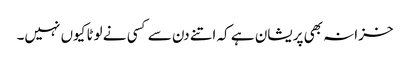
خزانہ بھی پریشان ہے کہ اتنے دن سے کسی نے لوٹا کیوں نہیں۔